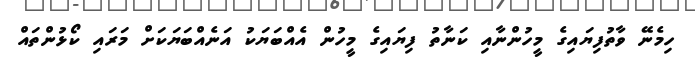
ހިމެނޭ ވާތުފިޔައިގެ މީހުންނާއި ކަނާތު ފިޔައިގެ މީހުން އެއްބަޔަކު އަނެއްބަޔަކަށް މަރައި ކޯޅުންތައް